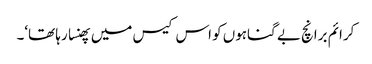
کرائم برانچ بے گناہوں کو اس کیس میں پھنسا رہا تھا‘۔